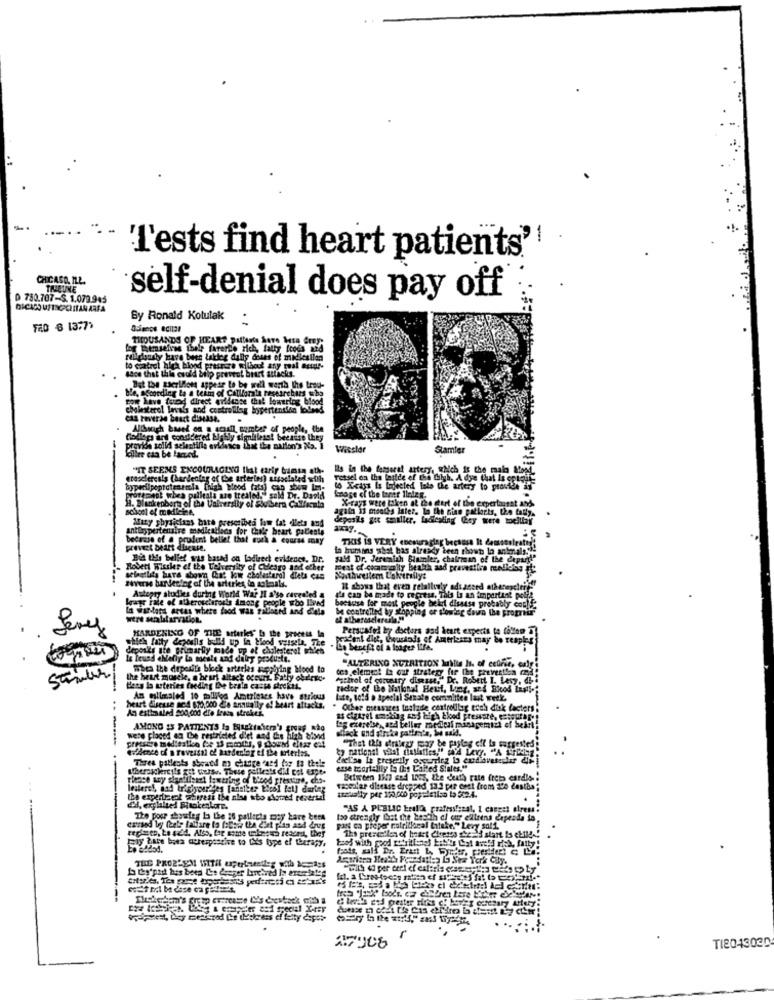
"T'ests find heart patients'
CHICAGO, IL.L.
TRIBUNE
D 780.707-S. 1.079.945
self-denial does pay off
By Ronald Kotulak
.
FAD 6 1377>
THOUSANDS OF HEART puffssts Save Ita Grey:
log Themselves thelp farerto rich, fally foods and
Hardously have been laklar dally doses of midlesilen
to control high blood pressure without any real estar-
tace that this could biip prevrot brart attacks.
ble. according La a team of California researchans who
But the sacrilions appese to be well werth the trou-
For Lave forod direct evidence that lowering blood
cholesterol levels and controlilag hypertention blond
can reverse beast disease.
Although based on a scaall, cumber of people, the
Codlaps ant considered highly signiileso! beenise they
provide solidi selentille evidence that the nation's Ns. I
Wissler
Stamler
"IT SEEMS ENCOURAGING flat early bamsn ath-
Ils in the femoral artery, which is the main Stond
erosclercsis (hardentag of the arter tes) associated with
retsel on the lastde of the Chiyb. A dye that Is ortgi
byperilpoprotenerla [high blood fatal can show Im-
to Xrays Is tojected leto the artery to prostee if
protemest whea palleals are treated!" sold Dr. David
X-rays were taken at the start of the expertansat and.
H. Blankenbort of the University of Sbutlern Call/scala
again 13 months later. la the nine patlorts, the fally.
Mazy physicians bate prescribed low fat ilets and
depasils gut smaller, Ladiesling (ey were welllay
antihypertensive medications for Chile heart paleste
because of a prudent bellet that much a course may
THIS IS VERY encouraging because It demssole
provet beart dlicese.
in humains shot has already been showt lo animals !!!
Bia the belief was based on ladirect evidence, Dr.
saMd Dr. Jeremiah Bininler, chairman of the depar !! "
Robert Wissler of the Uelvensity of Chicago and other
Fest o outroity health and pravestica medieles it
selectlity have shown Cia? low cholesterol diets cas
reverse bar det!og of the arterles in solmals.
IL shows that even relalluviy ads aseed atherencheifer
Iagr Fale of atherosclerosis Among people who Ilved
Autopsy studies during World War II also revealed &
d'a can be made to regresa, This is an important polia
because for most people helt disasse probably con !!
In Wallers areas where food Was ?alleshd and diets
be controlled by stopping or slowing down the promir
were seralilarvation
Levy
HARDENING OF TIME arturles" b the process la
Persusfel by doctors god heart experts to follow 7]
which fatty depolis bulld up la blood vessela, The
procent dich, thousands of Americans may be reapls
deposity ste primarily made up of cholesterol whi'en
Co benefit of a longer IfA.
is Teuns alleliy La meals and dilry produste.
"ALTERING NUTRITION Juille It. of cedrie, ealy
when the deparit's bleek arterles supplying Mood to
des element la our strategy for the preventha med
Stuur/
the heart muscle, a heart attack occur. Fatfy obuletes-
"schol of curseury disease," Dr. Robert I. Levy, db-
Hery lo arteries feeding De brala casta direkts.
ractor of the National Heut, Long, 324 Blod Lapis-
An milmaled 10 mililod Americaes have strious
lite, told . special Senato committee last week.
An estimated goo ood die frasa strekes.
heart diresse acs $70,000 die annually e! beart attacks.
Other measures tostade controlllag toch disk factors!
as ciztrel ampling ans high blood pressure. estouraret
tag exereise ,, and Feller medical minagemizi of heart
AMONG IS PATIENTS Is Hugkinicm's gruas não
diack und atrska pallen's, he said.
were placed on The restricted diet and the Hilas sisnd
"That Itis diritezy may be payleg off Is sarges
dece d'a reversal of hardening ef the arterias.
Three palleots showed m change card top to thele
esse mortality La ilis Called Sintes."
phase wy siefilbert textring of blood pressure, che-
Between 1507 cod Ions, the death rate fret cardis-
vascular disease dropped 13.2 per cent from 100 Lestha
the expertreok mistress the nies sto Aomed reversal
asauslly per 150.000 population to 5:2.4.
"AS A PUBLIC Eralla prafessfinal, I canget elress
The poor showdeg la the 16 patlects moy bare bem
too strongly that the bestin el outr elleens dependa io
regimen, Le sid. Also, for some walesu reasest, they
part ca preper notrillical hitele." Levy soli.
Biy tare boes acrespescive to IN's type ef therapy.
kaos with good totritional Ert's Cot ave!d rich, fatty!
1ks preriellen of heart Cheeses she:23 start is etti! !
--
La they'padt has been Le danger Lunchved la ererlates
.
TI2043030